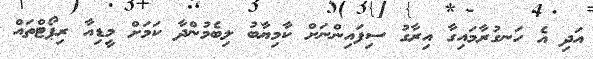
އަދި އެ ހަނގުރާމައިގާ އިރާގު ސިފައިންނަށް ކާމިޔާބު ލިބެމުންދާ ކަމަށް މީޑިއާ ރިޕޯޓްތައް